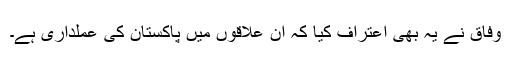
وفاق نے یہ بھی اعتراف کیا کہ ان علاقوں میں پاکستان کی عملداری ہے۔